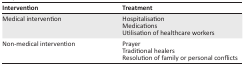
| Intervention | Treatment |
 | --- | --- |
 | Medical intervention | HospitalisationMedicationsUtilisation of healthcare workers |
 | Non-medical intervention | PrayerTraditional healersResolution of family or personal conflicts |